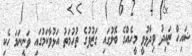
ޝައިހް ޒައިދު ވިދާޅުވީ މީހެއްގެ ބޮލުގައި ގަޒުފުގެ ތުހުމަތު އަޅުވާކަމުގައި ވަނީނަމަ ހެކި